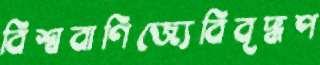
বিশ্ববাণিজ্যেবিবৃদ্ধপ